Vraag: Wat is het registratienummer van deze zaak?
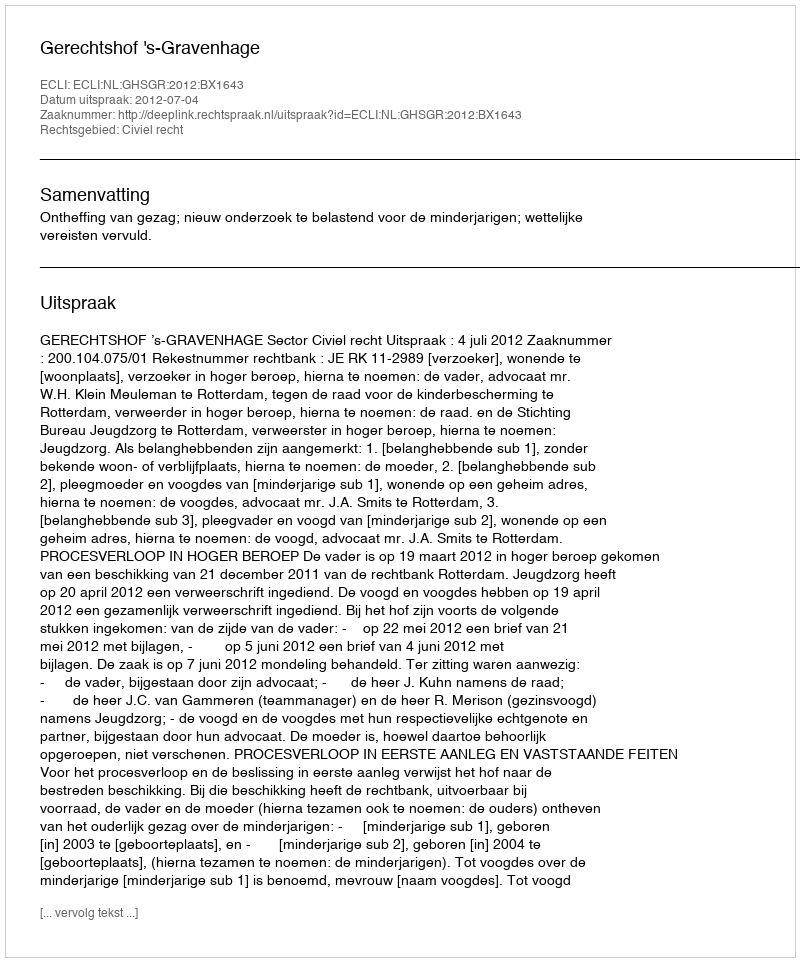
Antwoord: http://deeplink.rechtspraak.nl/uitspraak?id=ECLI:NL:GHSGR:2012:BX1643